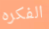
الفكره